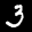
Label: 3